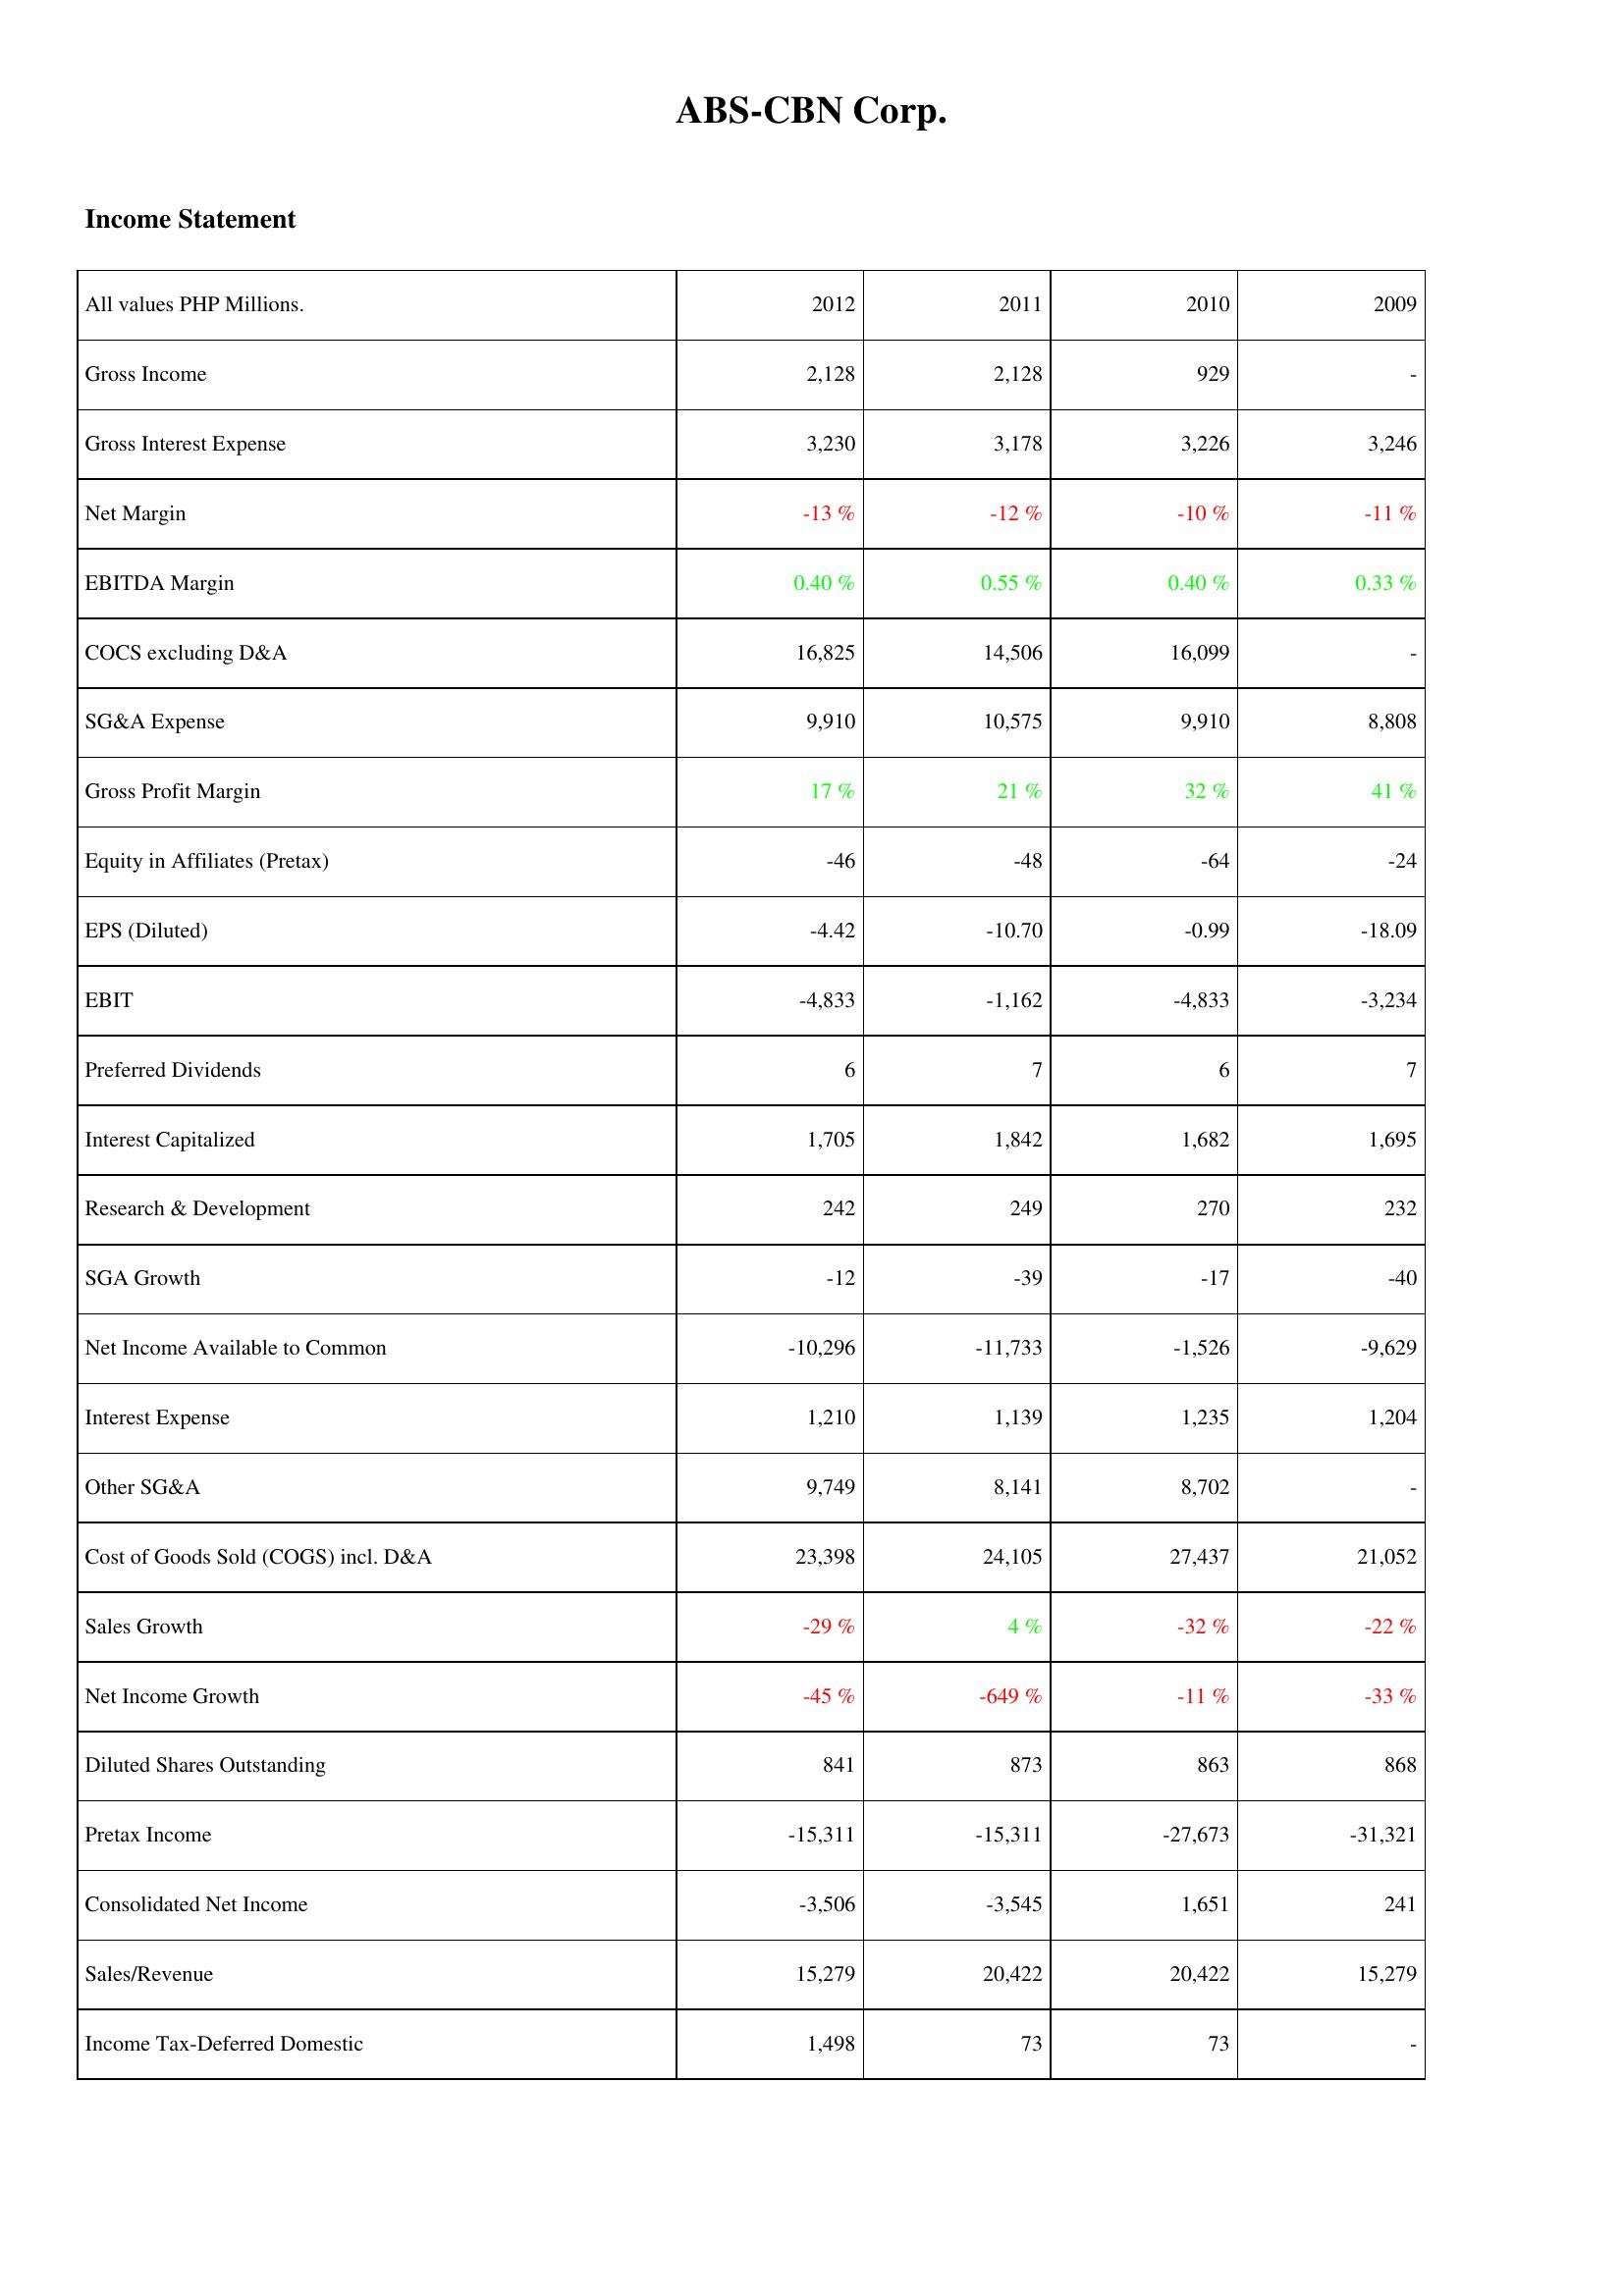
2012: Income Statement: Gross Income: 2,128
Gross Interest Expense: 3,230
Net Margin: -13 %
EBITDA Margin: 0.40 %
COCS excluding D&A: 16,825
SG&A Expense: 9,910
Gross Profit Margin: 17 %
Equity in Affiliates (Pretax): -46
EPS (Diluted): -4.42
EBIT: -4,833
Preferred Dividends: 6
Interest Capitalized: 1,705
Research & Development: 242
SGA Growth: -12
Net Income Available to Common: -10,296
Interest Expense: 1,210
Other SG&A: 9,749
Cost of Goods Sold (COGS) incl. D&A: 23,398
Sales Growth: -29 %
Net Income Growth: -45 %
Diluted Shares Outstanding: 841
Pretax Income: -15,311
Consolidated Net Income: -3,506
Sales/Revenue: 15,279
Income Tax-Deferred Domestic: 1,498
2011: Income Statement: Gross Income: 2,128
Gross Interest Expense: 3,178
Net Margin: -12 %
EBITDA Margin: 0.55 %
COCS excluding D&A: 14,506
SG&A Expense: 10,575
Gross Profit Margin: 21 %
Equity in Affiliates (Pretax): -48
EPS (Diluted): -10.70
EBIT: -1,162
Preferred Dividends: 7
Interest Capitalized: 1,842
Research & Development: 249
SGA Growth: -39
Net Income Available to Common: -11,733
Interest Expense: 1,139
Other SG&A: 8,141
Cost of Goods Sold (COGS) incl. D&A: 24,105
Sales Growth: 4 %
Net Income Growth: -649 %
Diluted Shares Outstanding: 873
Pretax Income: -15,311
Consolidated Net Income: -3,545
Sales/Revenue: 20,422
Income Tax-Deferred Domestic: 73
2010: Income Statement: Gross Income: 929
Gross Interest Expense: 3,226
Net Margin: -10 %
EBITDA Margin: 0.40 %
COCS excluding D&A: 16,099
SG&A Expense: 9,910
Gross Profit Margin: 32 %
Equity in Affiliates (Pretax): -64
EPS (Diluted): -0.99
EBIT: -4,833
Preferred Dividends: 6
Interest Capitalized: 1,682
Research & Development: 270
SGA Growth: -17
Net Income Available to Common: -1,526
Interest Expense: 1,235
Other SG&A: 8,702
Cost of Goods Sold (COGS) incl. D&A: 27,437
Sales Growth: -32 %
Net Income Growth: -11 %
Diluted Shares Outstanding: 863
Pretax Income: -27,673
Consolidated Net Income: 1,651
Sales/Revenue: 20,422
Income Tax-Deferred Domestic: 73
2009: Income Statement: Gross Income: -
Gross Interest Expense: 3,246
Net Margin: -11 %
EBITDA Margin: 0.33 %
COCS excluding D&A: -
SG&A Expense: 8,808
Gross Profit Margin: 41 %
Equity in Affiliates (Pretax): -24
EPS (Diluted): -18.09
EBIT: -3,234
Preferred Dividends: 7
Interest Capitalized: 1,695
Research & Development: 232
SGA Growth: -40
Net Income Available to Common: -9,629
Interest Expense: 1,204
Other SG&A: -
Cost of Goods Sold (COGS) incl. D&A: 21,052
Sales Growth: -22 %
Net Income Growth: -33 %
Diluted Shares Outstanding: 868
Pretax Income: -31,321
Consolidated Net Income: 241
Sales/Revenue: 15,279
Income Tax-Deferred Domestic: -